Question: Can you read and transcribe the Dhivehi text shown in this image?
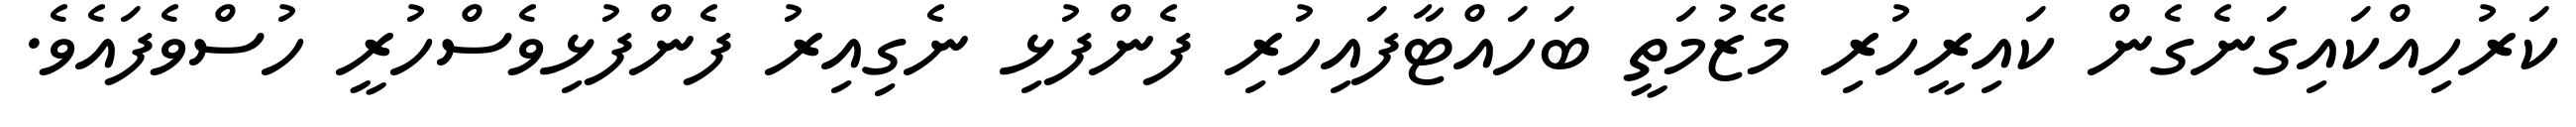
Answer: ކަރުހިއްކައިގަނެގެން ކައިރީހުރި މޭޒުމަތީ ބަހައްޓާފައިހުރި ފެންފުޅި ނެގިއިރު ފެންފުޅިވެސްހުރީ ހުސްވެފައެވެ.